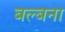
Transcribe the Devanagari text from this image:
बल्बना